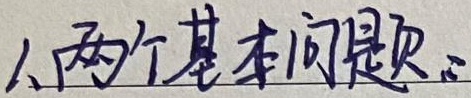
1. 两个基本问题。